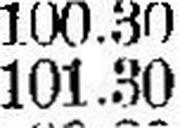
101.30